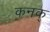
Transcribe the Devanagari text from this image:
कनक्